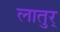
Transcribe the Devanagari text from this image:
लातुर्